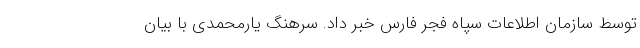
توسط سازمان اطلاعات سپاه فجر فارس خبر داد. سرهنگ یارمحمدی با بیان